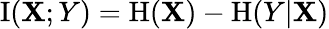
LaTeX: \operatorname{I}(\mathbf{X};Y)=\operatorname{H}(\mathbf{X})-\operatorname{H}(Y|\mathbf{X})